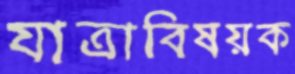
যাত্রাবিষয়ক